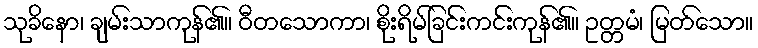
သုခိနော၊ ချမ်းသာကုန်၏။ ဝီတသောကာ၊ စိုးရိမ်ခြင်းကင်းကုန်၏။ ဥတ္တမံ၊ မြတ်သော။